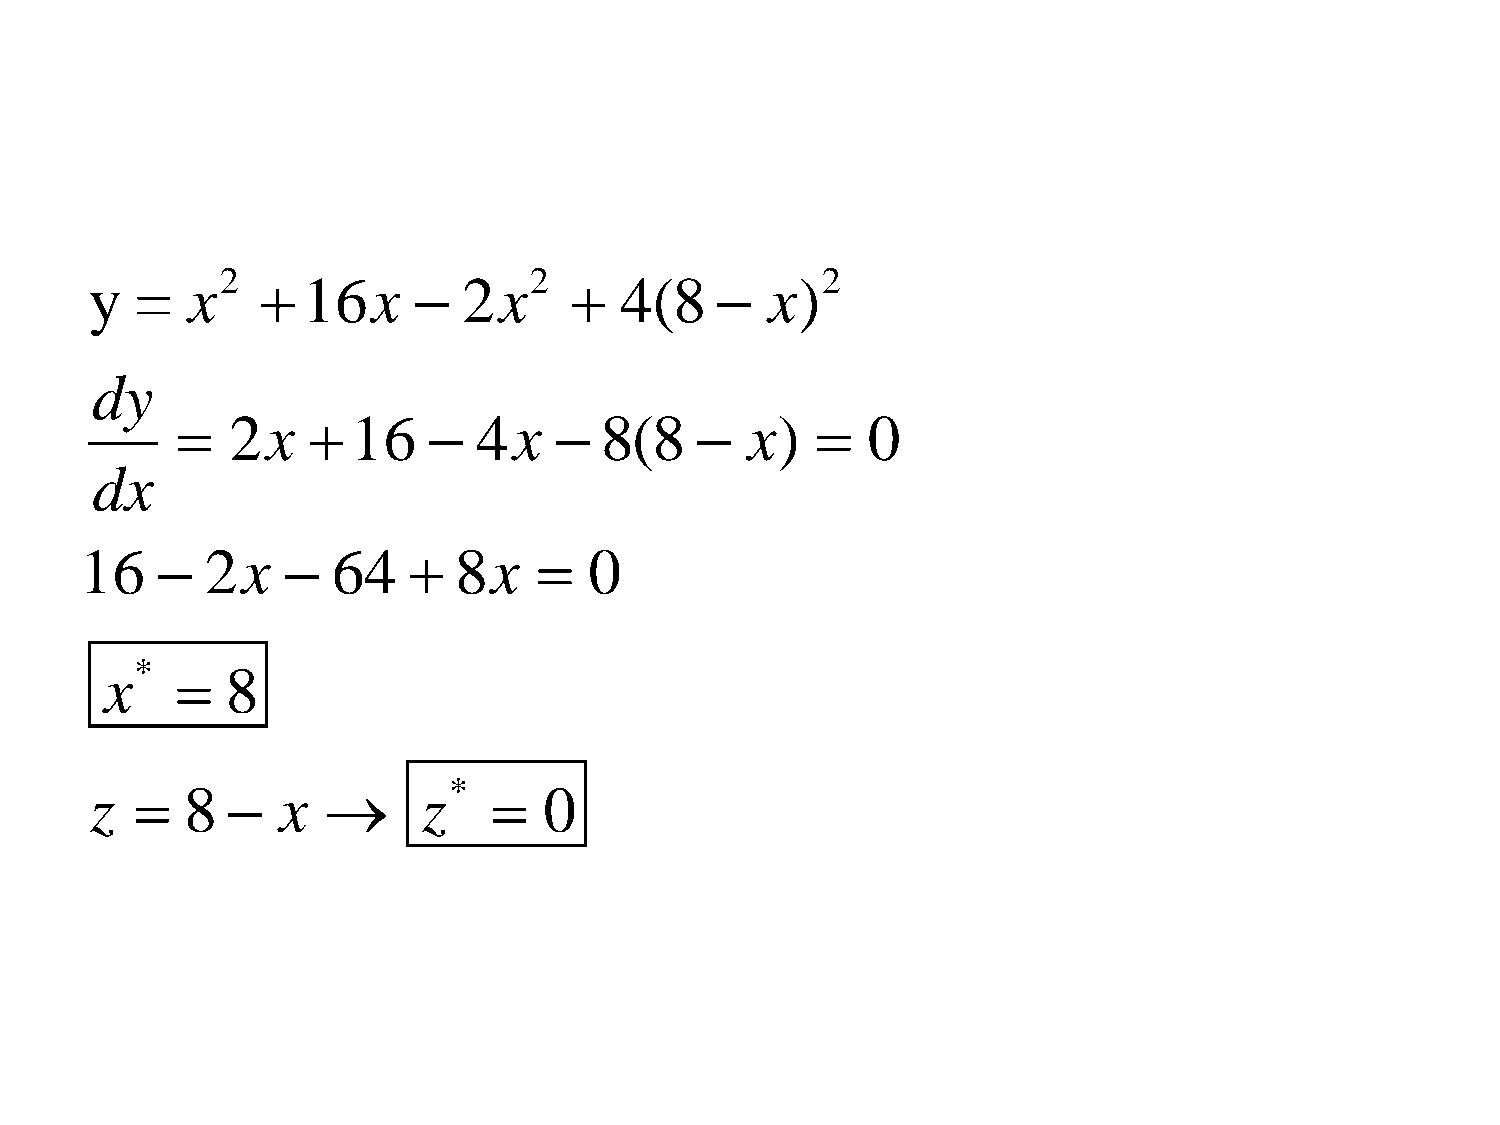
2                   2                  2
 y  =  x      16x       2x       4(8      x)
 dy
   2x     16      4x     8(8     x)     0
 dx
 16      2x     64     8x      0
 *
 x      8
 *
 z    8    x        z      0